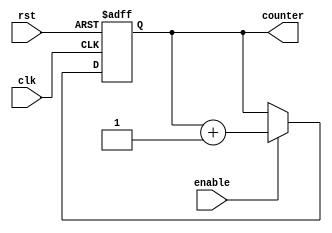
module rtc_timer (
    input wire clk, // high-precision clock source
    input wire rst, // reset signal
    input wire enable, // enable timer functionality
    output reg [31:0] counter // counter to keep track of time
);

reg [31:0] reference_time = 32'hFFFFFFFF; // reference time for synchronization

always @ (posedge clk or posedge rst) begin
    if (rst) begin
        counter <= 0;
    end else begin
        if (enable) begin
            counter <= counter + 1;
        end
    end
end

// Synchronization logic
always @ (posedge clk) begin
    if (counter == reference_time) begin
        // generate periodic event or synchronize operations
    end
end

endmodule